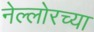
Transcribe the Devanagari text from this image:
नेल्लोरच्या